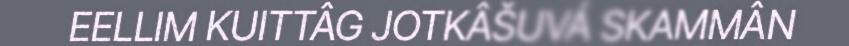
EELLIM KUITTÂG JOTKÂŠUVÁ SKAMMÂN